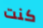
كنت